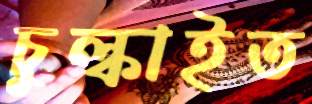
চুল্‌কাইত